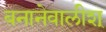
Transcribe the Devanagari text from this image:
बनानेवालीश्